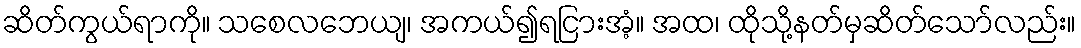
ဆိတ်ကွယ်ရာကို။ သစေလဘေယျ၊ အကယ်၍ရငြားအံ့။ အထ၊ ထိုသို့နတ်မှဆိတ်သော်လည်း။